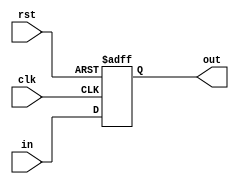
module oc8051_reg1 (clk, rst, in, out);
input in, clk, rst;
output out;
reg out;

always @(posedge clk or posedge rst)
  if (rst) out <= 1'b0;
  else
    out <= #1 in;

endmodule